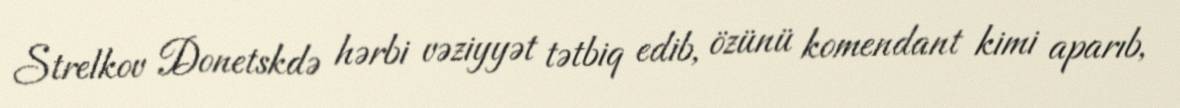
Strelkov Donetskdə hərbi vəziyyət tətbiq edib, özünü komendant kimi aparıb,